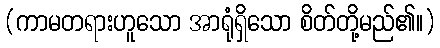
(ကာမတရားဟူသော အာရုံရှိသော စိတ်တို့မည်၏။)